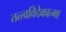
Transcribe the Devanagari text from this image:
तत्त्वविदेकात्मा